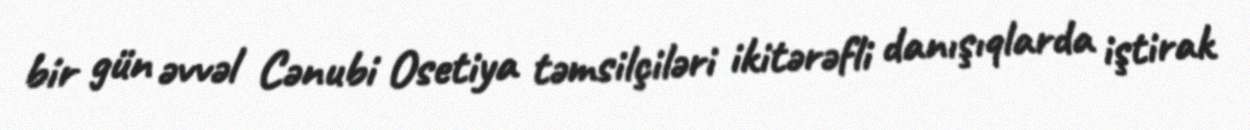
bir gün əvvəl Cənubi Osetiya təmsilçiləri ikitərəfli danışıqlarda iştirak